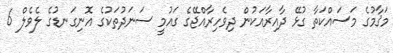
މަޤާމުގެ މަސައްކަތާ ގުޅޭ ދާއިރާއަކުން ދިވެހިރާއްޖޭގެ ގައުމީ ސަނަދުތަކުގެ އޮނިގަނޑުގެ ލެވެލް 6